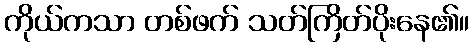
ကိုယ်ကသာ တစ်ဖက် သတ်ကြိတ်ပိုးနေ၏။